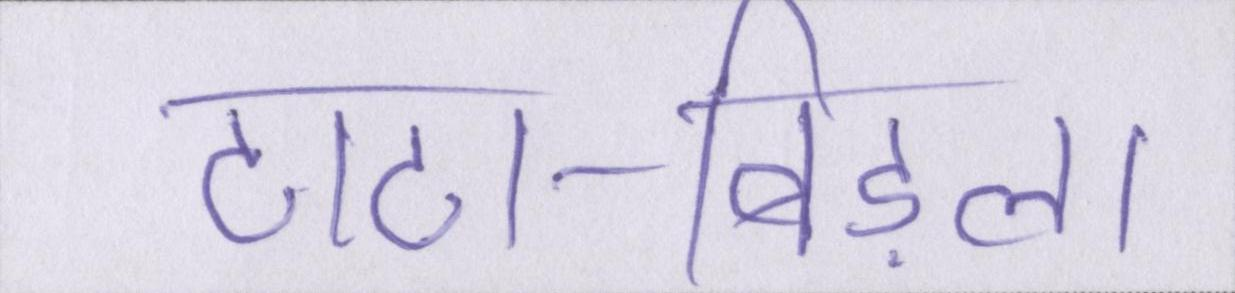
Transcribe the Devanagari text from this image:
टाटा-बिड़ला